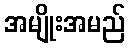
အမျိုးအမည်